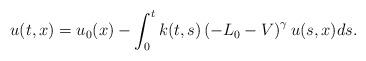
LaTeX: \begin{align*}u(t,x)=u_0(x)-\int_0^t k(t,s) \left(-L_0-V\right)^\gamma u(s,x)ds.\end{align*}